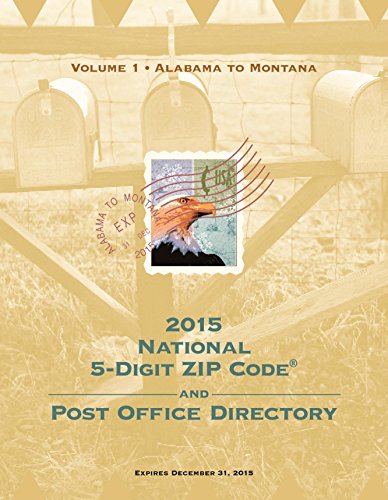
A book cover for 2015 National Zip Code Directory; U.S. Postal Service; Reference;